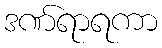
ဒဏ်ရာရကာ